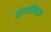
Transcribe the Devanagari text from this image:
योग्यतेबद्दल